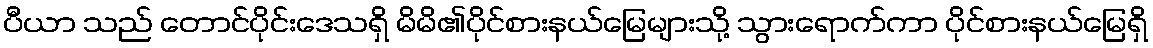
ပီယာ သည် တောင်ပိုင်းဒေသရှိ မိမိ၏ပိုင်စားနယ်မြေများသို့ သွားရောက်ကာ ပိုင်စားနယ်မြေရှိ